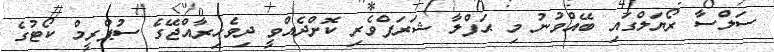
ސަލްސާ ރޯޔަލްގައި ބޭއްވުނު މި ޙަފްލާ ޝަރަފްވެރި ކޮށްދެއްވީ ދިވެހިރާއްޖޭގެ ސުޕްރީމް ކޯޓުގެ